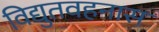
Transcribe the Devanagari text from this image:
विद्युतवहनास